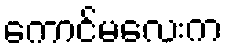
ကောင်မလေးက